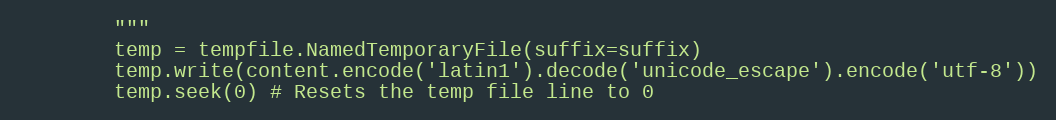
Language: Python
        """
        temp = tempfile.NamedTemporaryFile(suffix=suffix)
        temp.write(content.encode('latin1').decode('unicode_escape').encode('utf-8'))
        temp.seek(0) # Resets the temp file line to 0